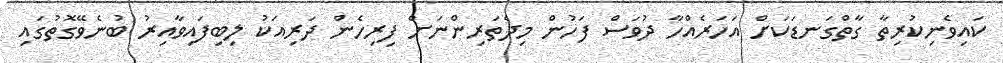
ކައިވެނިކުރިތާ ގާތްގަނޑަކަށް އަހަރެއްހާ ދުވަސް ފަހުން މިދެތަރިންނަށް ފިރިހެން ދަރިއަކު ލިބިފައިވާއިރު ބުނެވޭގޮތުގައި